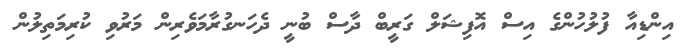
އިންޑިއާ ފުލުހުންގެ އިސް އޮފިޝަލް ގަރީބް ދާސް ބުނީ ދެހަނގުރާމަވެރިން މަރުވި ކުރިމަތިލުން